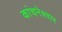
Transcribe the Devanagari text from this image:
कांचनेश्वार